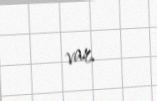
var.